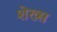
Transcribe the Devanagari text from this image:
शेख्स